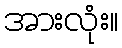
အားလုံး။